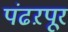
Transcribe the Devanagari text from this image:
पंढऱपूर